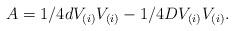
LaTeX: \begin{align*}A=1/4dV_{(i)}V_{(i)}-1/4DV_{(i)}V_{(i)}.\end{align*}